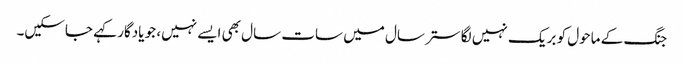
جنگ کے ماحول کو بریک نہیں لگا ستر سال میں سات سال بھی ایسے نہیں، جو یادگار کہے جاسکیں۔